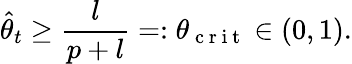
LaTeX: \widehat{\theta}_{t}\geq\frac{l}{p+l}=:\theta_{\mathrm{~c~r~i~t~}}\in(0,1).